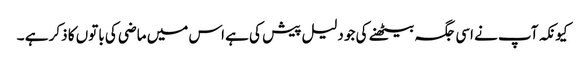
کیونکہ آپ نے اسی جگہ بیٹھنے کی جو دلیل پیش کی ہے اس میں ماضی کی باتوں کا ذکر ہے ۔